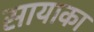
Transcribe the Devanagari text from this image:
सायाका